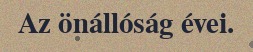
Az önállóság évei.